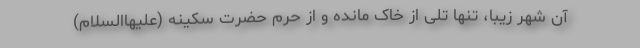
آن شهر زیبا، تنها تلی از خاک مانده و از حرم حضرت سکینه (علیهاالسلام)